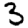
Digit: 3